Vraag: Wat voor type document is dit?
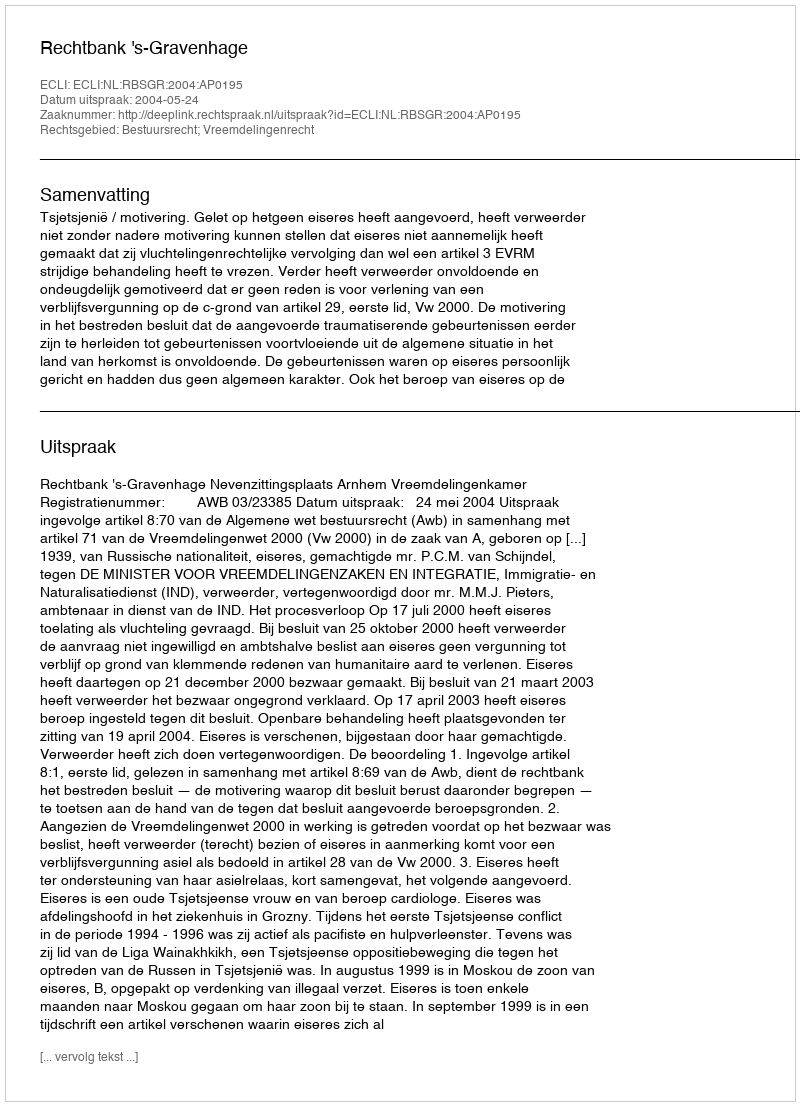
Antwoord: Uitspraak